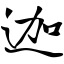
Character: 迦